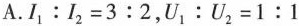
A.$$I _ { 1 } : l _ { 2 } = 3 : 2$$，$$U _ { 1 } : U _ { 2 } = 1 : 1$$